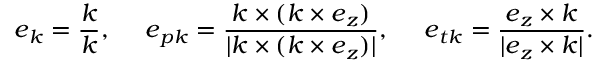
\boldsymbol { e } _ { \boldsymbol { k } } = \frac { \boldsymbol { k } } { k } , ~ ~ ~ ~ \boldsymbol { e } _ { p \boldsymbol { k } } = \frac { \boldsymbol { k } \times ( \boldsymbol { k } \times \boldsymbol { e } _ { z } ) } { | \boldsymbol { k } \times ( \boldsymbol { k } \times \boldsymbol { e } _ { z } ) | } , ~ ~ ~ ~ \boldsymbol { e } _ { t \boldsymbol { k } } = \frac { \boldsymbol { e } _ { z } \times \boldsymbol { k } } { | \boldsymbol { e } _ { z } \times \boldsymbol { k } | } .